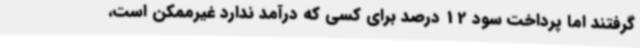
گرفتند اما پرداخت سود 12 درصد برای کسی که درآمد ندارد غیرممکن است،